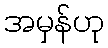
အမှန်ဟု